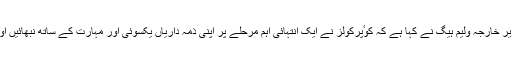
بدھ کو برطانوی محکمہ خارجہ کی طرف سے جاری ہونے والے ایک بیان کے مطابق وزیر خارجہ ولیم ہیگ نے کہا ہے کہ کوٴپرکولز نے ایک انتہائی اہم مرحلے پر اپنی ذمہ داریاں یکسوئی اور مہارت کے ساتھ نبھائیں اور افغانستان اور پاکستان سے متعلق برطانوی پالیسی مرتب کرنے میں نمایاں کردار ادا کیا۔